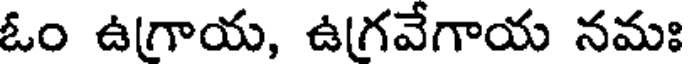
ఓం ఉగ్రాయ, ఉగ్రవేగాయ నమః